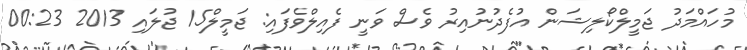
މުހައްމަދު ޖަމީލްކޯލިޝަން އުފެދުނުއިރު ވެސް ވަނީ ފެއިލްވެފައި: ޖަމީލް15 ޖުލައި 2013 00:23